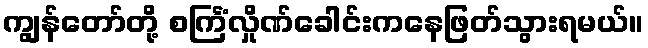
ကျွန်တော်တို့ စင်္ကြံလှိုဏ်ခေါင်းကနေဖြတ်သွားရမယ်။